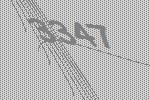
3347